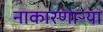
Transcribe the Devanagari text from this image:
नाकारणाऱ्या